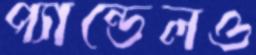
প্যান্ডেলও